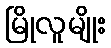
မြိုလူမျိုး